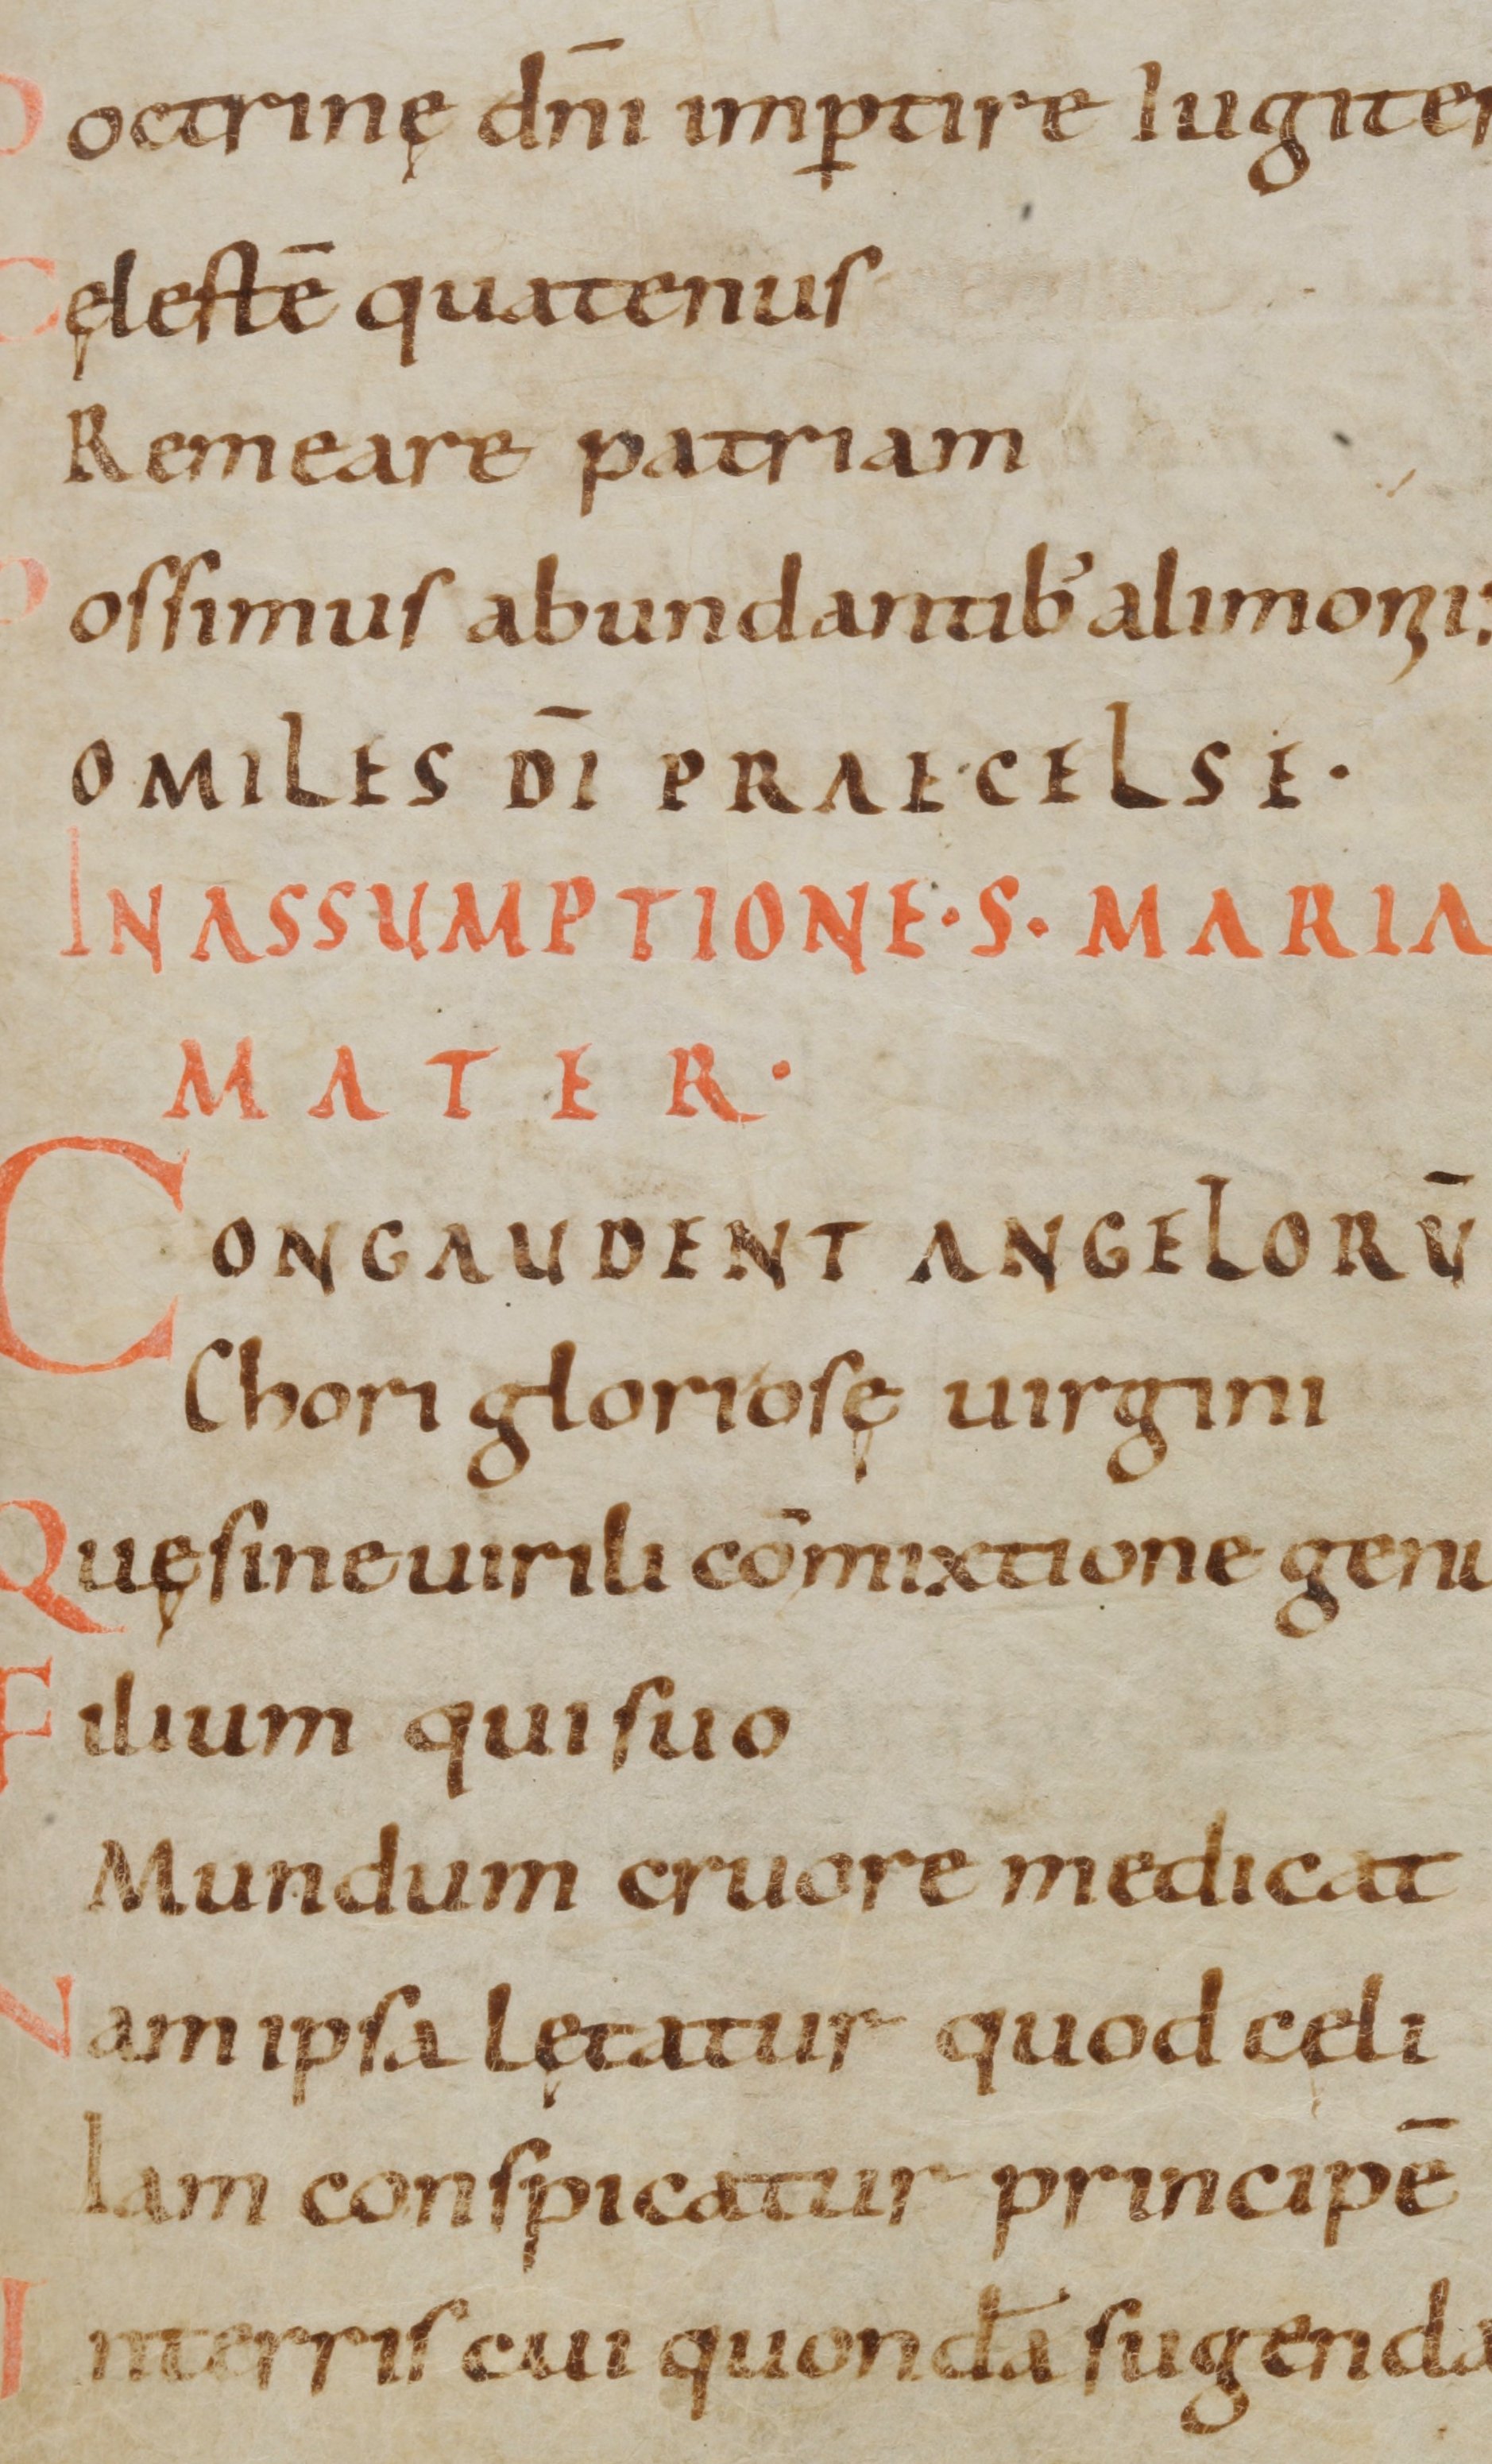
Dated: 1000–1099